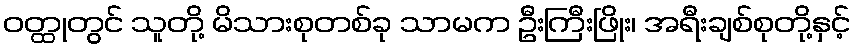
ဝတ္ထုတွင် သူတို့ မိသားစုတစ်ခု သာမက ဦးကြီးဖြိုး၊ အရီးချစ်စုတို့နှင့်